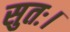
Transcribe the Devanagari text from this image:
सुतः।